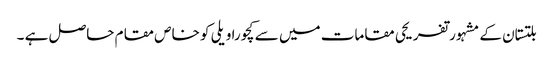
بلتستان کے مشہورتفریحی مقامات میں سے کچورا ویلی کو خاص مقام حاصل ہے ۔